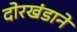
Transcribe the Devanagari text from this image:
दोरखंडाने